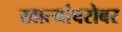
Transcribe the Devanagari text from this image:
खात्यांबरोबर